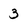
Character: 3